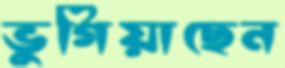
ভুগিয়াছেন